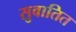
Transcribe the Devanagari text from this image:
सुवातित